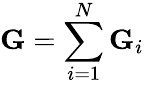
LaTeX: \mathbf{G}=\sum_{i=1}^{N}\mathbf{G}_{i}